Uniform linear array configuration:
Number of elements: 12
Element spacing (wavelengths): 0.25
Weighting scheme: blackman
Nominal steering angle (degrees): -30
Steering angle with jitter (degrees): -31.978
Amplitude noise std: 0.05
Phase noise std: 0.05

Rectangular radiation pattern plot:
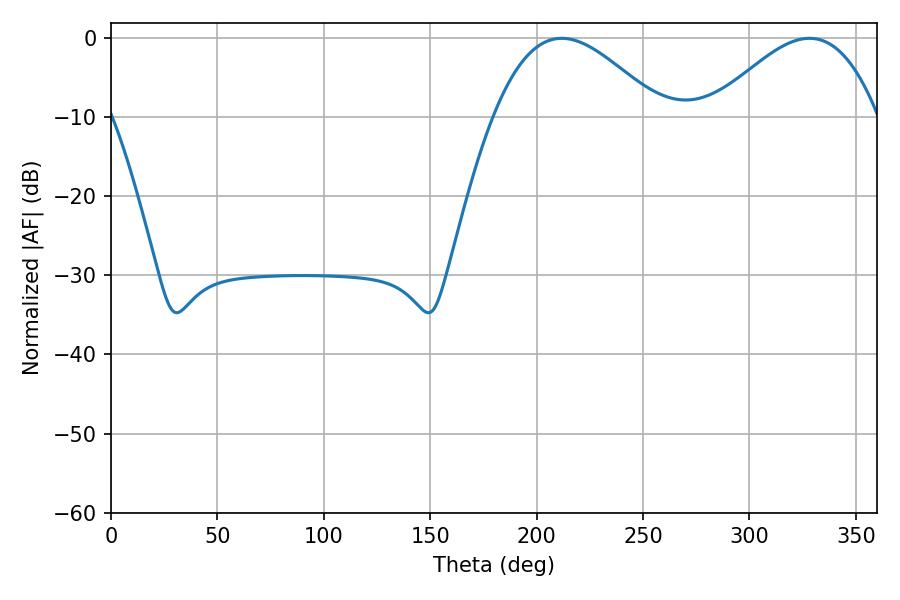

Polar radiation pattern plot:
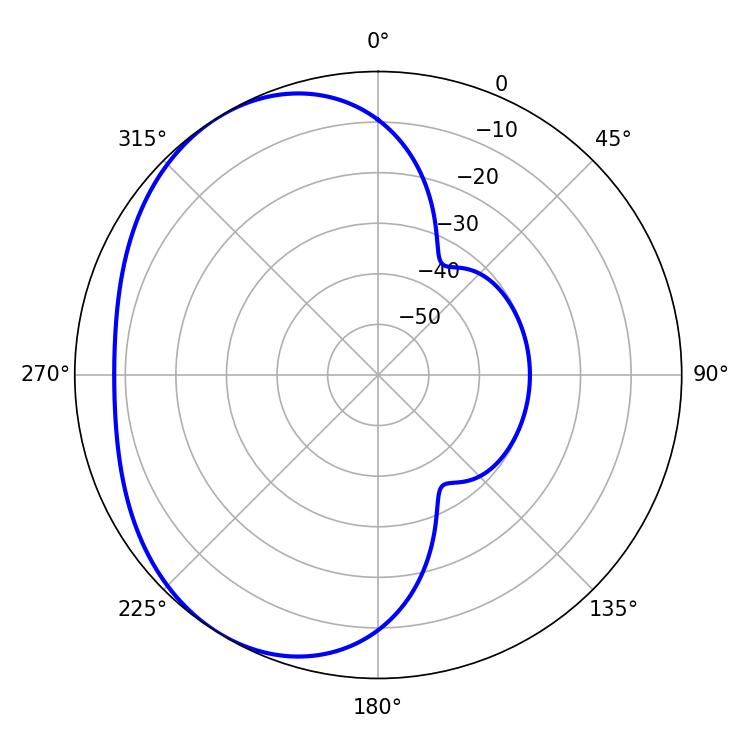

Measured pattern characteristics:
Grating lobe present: FALSE
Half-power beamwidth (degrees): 42.48
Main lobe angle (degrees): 211.86